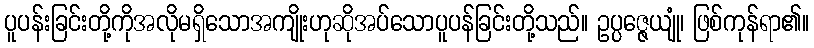
ပူပန်းခြင်းတို့ကိုအလိုမရှိသောအကျိုးဟုဆိုအပ်သောပူပန်ခြင်းတို့သည်။ ဥပ္ပဇ္ဇေယျုံ၊ ဖြစ်ကုန်ရာ၏။